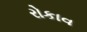
રોકાવ